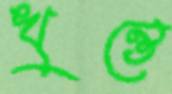
খুন্তে